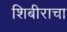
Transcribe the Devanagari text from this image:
शिबीराचा